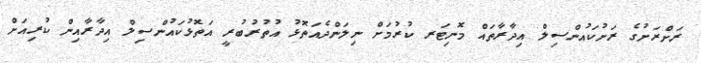
ރަށްރަށުގެ ރަށުކައުންސިލް އިދާރާތައް މޮނިޓަރ ކުރުމަށް ނިލަންދެއަތޮޅު އުތުރުބުރީ އަތޮޅުކައުންސިލް އިދާރާއިން ކުރިއަށް